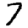
Digit: 7